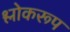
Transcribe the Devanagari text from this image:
श्लोकरूप